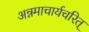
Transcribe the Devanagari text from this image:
अन्नमाचार्यचरित्